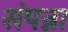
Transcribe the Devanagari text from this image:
संपन्ना